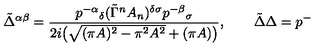
\tilde { \Delta } ^ { \alpha \beta } = \frac { p ^ { - \alpha } { } _ { \delta } ( \tilde { \Gamma } ^ { n } A _ { n } ) ^ { \delta \sigma } p ^ { - \beta } { } _ { \sigma } } { 2 i \big ( \sqrt { ( \pi A ) ^ { 2 } - \pi ^ { 2 } A ^ { 2 } } + ( \pi A ) \big ) } , \qquad \tilde { \Delta } \Delta = p ^ { - }